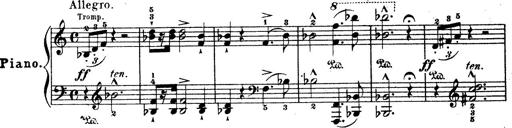
Title: Wagner-Liszt Album
Composer: Franz Liszt